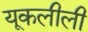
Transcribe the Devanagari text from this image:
यूकलीली